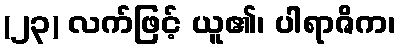
(၂၃) လက်ဖြင့် ယူ၏၊ ပါရာဇိက၊